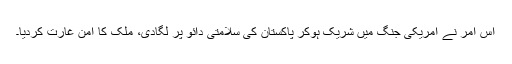
اس آمر نے امریکی جنگ میں شریک ہوکر پاکستان کی سلامتی دائو پر لگادی، ملک کا امن غارت کردیا۔